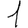
Digit: 1